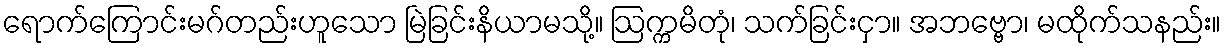
ရောက်ကြောင်းမဂ်တည်းဟူသော မြဲခြင်းနိယာမသို့။ ဩက္ကမိတုံ၊ သက်ခြင်းငှာ။ အဘဗ္ဗော၊ မထိုက်သနည်း။